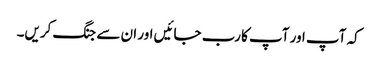
کہ آپ اور آپ کا رب جائیں اور ان سے جنگ کریں۔